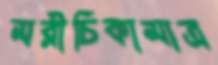
মরীচিকামাত্র